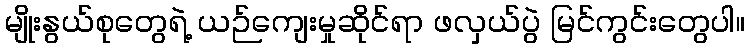
မျိုးနွယ်စုတွေရဲ့ ယဉ်ကျေးမှုဆိုင်ရာ ဖလှယ်ပွဲ မြင်ကွင်းတွေပါ။